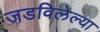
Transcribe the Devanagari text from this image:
जडविलेल्या